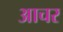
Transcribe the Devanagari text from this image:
आचर